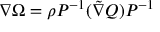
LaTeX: \nabla \Omega = \rho P ^ { - 1 } ( \tilde { \nabla } Q ) P ^ { - 1 }